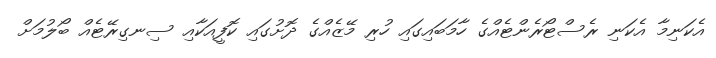
އެކަނިމާ އެކަނި ރެސްޓޯރެންޓެއްގެ ހާމަބައިގައި ހުރި މޭޒެއްގެ ދޮށުގައި ކޮފީއަކާއި ސިނގިރޭޓެއް ބޯލުމަށް